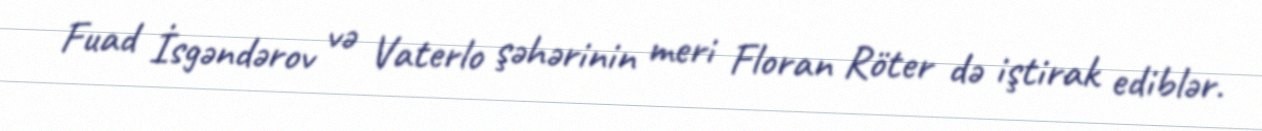
Fuad İsgəndərov və Vaterlo şəhərinin meri Floran Röter də iştirak ediblər.